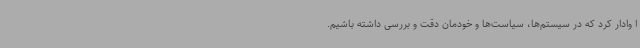
ا وادار کرد که در سیستم‌ها، سیاست‌ها و خودمان دقت و بررسی داشته باشیم.